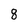
Character: 8